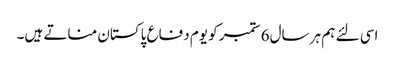
اسی لئے ہم ہر سال6 ستمبر کو یوم دفاع پاکستان مناتے ہیں۔